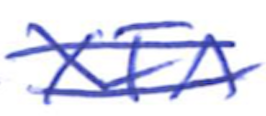
Text: XFA
Cross-out: double-line
Writing tool: ballpoint